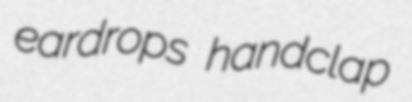
eardrops handclap